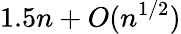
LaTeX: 1.5n+O(n^{1/2})